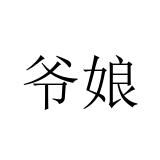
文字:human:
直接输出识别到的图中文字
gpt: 爷娘